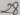
Text: 28